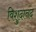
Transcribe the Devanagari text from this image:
विशुदानंद